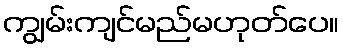
ကျွမ်းကျင်မည်မဟုတ်ပေ။